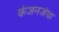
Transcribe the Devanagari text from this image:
कंजनजंघा